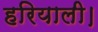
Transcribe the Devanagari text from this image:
हरियाली।